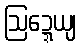
ဩဍ္ဍေယျ